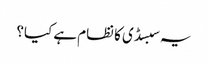
یہ سبسڈی کا نظام ہے کیا؟